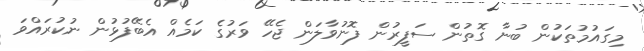
މިގައުމުތަކުން ބުނާ ގޮތުން ސަފީރުން ފޮނުވާލަން ޖެހޭ ވަރުގެ ކަމެއް އެބޭފުޅުން ނުކުރައްވަ